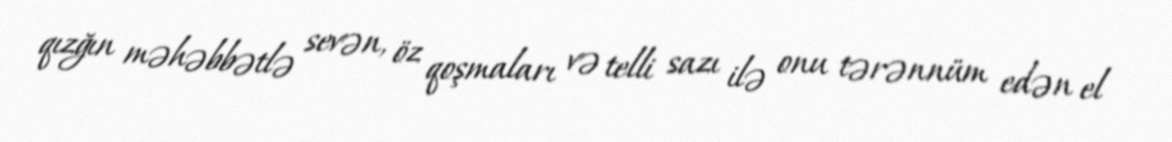
qızğın məhəbbətlə sevən, öz qoşmaları və telli sazı ilə onu tərənnüm edən el